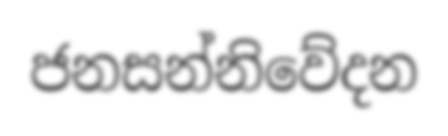
ජනසන්නිවේදන